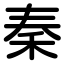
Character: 秦